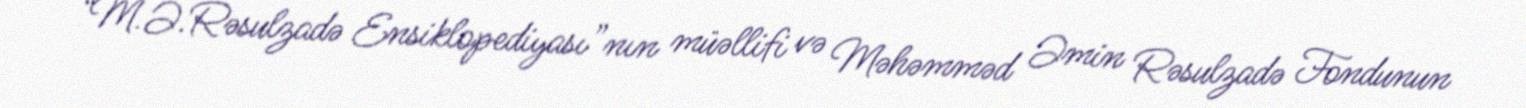
“M.Ə.Rəsulzadə Ensiklopediyası”nın müəllifi və Məhəmməd Əmin Rəsulzadə Fondunun